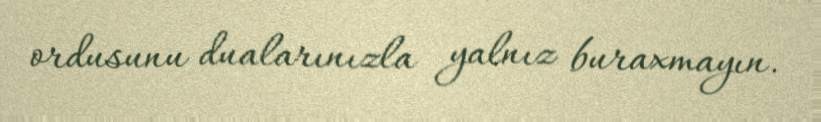
ordusunu dualarınızla yalnız buraxmayın.